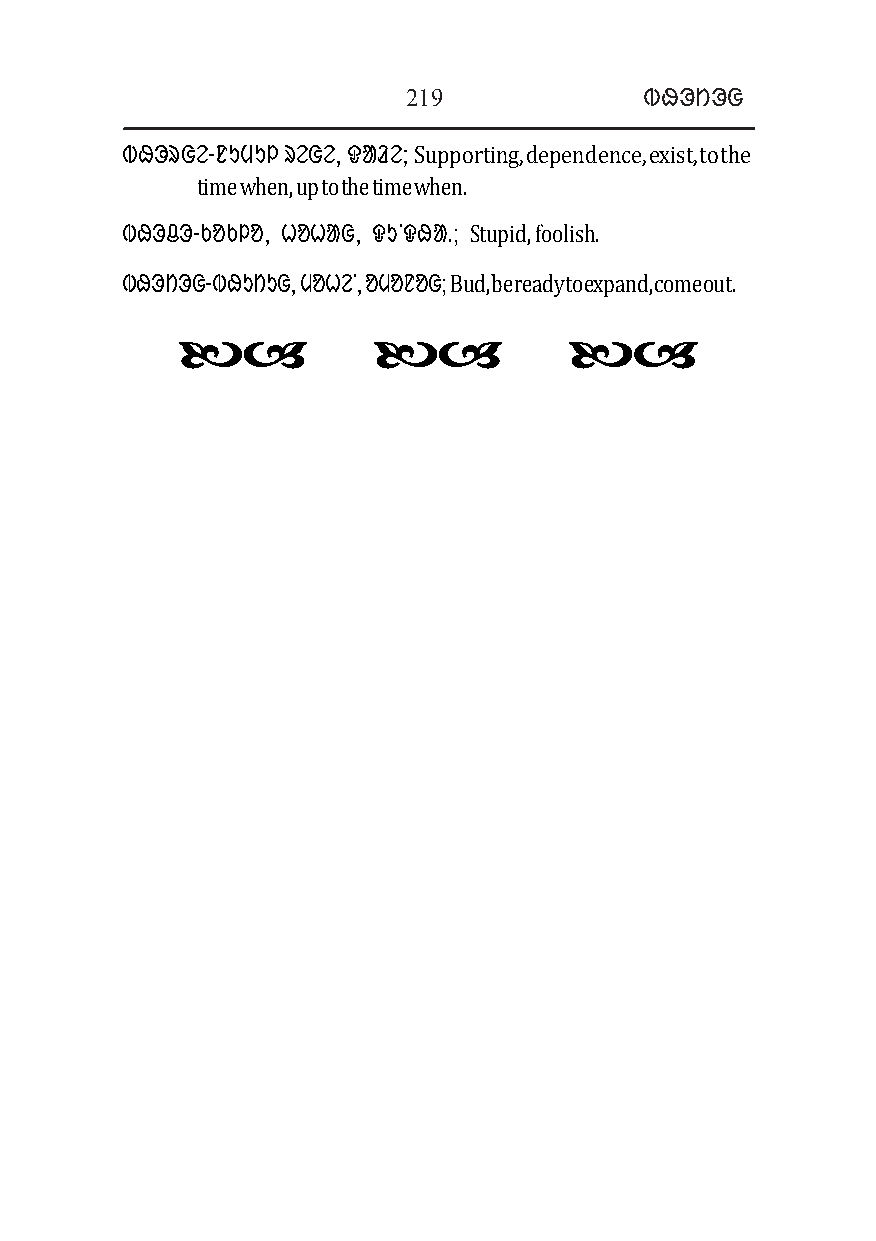
219             ᱵᱷᱳᱴᱳᱜ
 ᱵᱷᱳᱨᱜᱮ-ᱱᱩᱢᱩᱞ ᱨᱮᱜᱮ, ᱫᱟᱲᱮ; Supporting, dependence, exist, to the
 time when, up to the time when.
 ᱵᱷᱳᱪᱳ-ᱠᱚᱠᱞᱚ, ᱦᱚᱦᱟᱜ, ᱫᱩᱸᱫᱷᱟᱹ; Stupid, foolish.
 ᱵᱷᱳᱴᱳᱜ-ᱵᱷᱩᱴᱩᱜ, ᱢᱚᱦᱮᱸ, ᱚᱢᱚᱱᱚᱜ; Bud, be ready to expand, come out.
                       